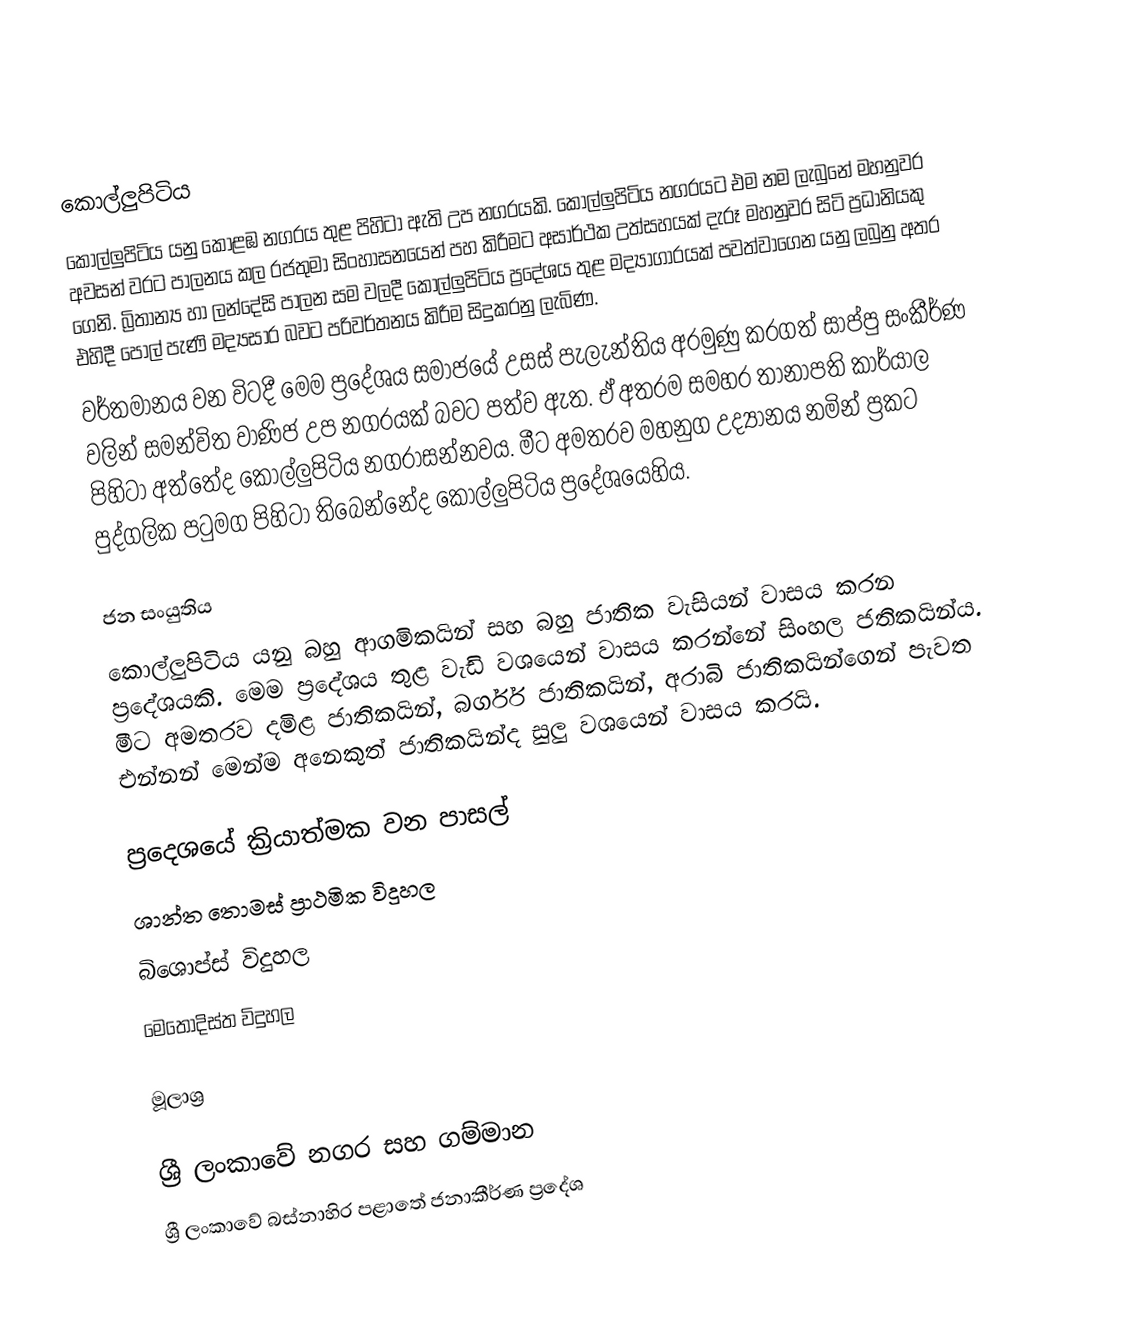

කොල්ලුපිටිය
කොල්ලුපිටිය යනු කොළඹ නගරය  තුළ පිහිටා ඇති උප නගරයකි. කොල්ලුපිටිය නගරයට එම නම ලැබුනේ මහනුවර අවසන් වරට පාලනය කල රජතුමා සිංහාසනයෙන් පහ කිරීමට අසාර්ථක උත්සහයක් දැරූ මහනුවර සිටි ප්‍රධානියකු ගෙනි. බ්‍රිතාන්‍ය හා ලන්දේසි පාලන සම වලදී කොල්ලුපිටිය ප්‍රදේශය තුළ මද්‍යාගාරයක් පවත්වාගෙන යනු ලබුනු අතර එහිදී පොල් පැණි මද්‍යසාර බවට පරිවර්තනය කිරීම සිදුකරනු ලැබිණ.
වර්තමානය වන විටදී මෙම ප්‍රදේශය සමාජයේ උසස් පැලැන්තිය අරමුණු කරගත් සාප්පු සංකීර්ණ වලින් සමන්විත වාණිජ උප නගරයක් බවට පත්ව ඇත. ඒ අතරම සමහර තානාපති කාර්යාල පිහිටා අත්තේද කොල්ලුපිටිය නගරාසන්නවය. මීට අමතරව මහනුග උද්‍යානය නමින් ප්‍රකට  පුද්ගලික පටුමග පිහිටා තිබෙන්නේද කොල්ලුපිටිය ප්‍රදේශයෙහිය.

ජන සංයුතිය
කොල්ලුපිටිය යනු බහු ආගමිකයින් සහ බහු ජාතික වැසියන් වාසය කරන ප්‍රදේශයකි. මෙම ප්‍රදේශය තුළ වැඩි වශයෙන් වාසය කරන්නේ සිංහල ජතිකයින්ය. මීට අමතරව දමිළ ජාතිකයින්, බර්ගර් ජාතිකයින්, අරාබි ජාතිකයින්ගෙන් පැවත එන්නන් මෙන්ම අනෙකුත් ජාතිකයින්ද සුලු වශයෙන් වාසය කරයි.

ප්‍රදෙශයේ ක්‍රියාත්මක වන පාසල්
 ශාන්ත තොමස් ප්‍රාථමික විදුහල
බිශොප්ස් විදුහල
මෙතෝදිස්ත විදුහල

මූලාශ්‍ර

ශ්‍රී ලංකාවේ නගර සහ ගම්මාන
ශ්‍රී ලංකාවේ බස්නාහිර පළාතේ ජනාකීර්ණ ප්‍රදේශ